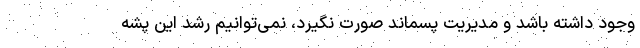
وجود داشته باشد و مدیریت پسماند صورت نگیرد، نمی‌توانیم رشد این پشه